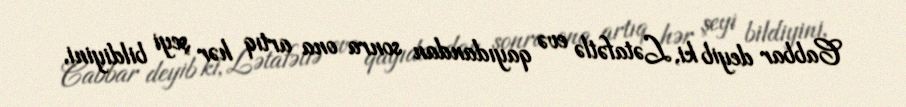
Cabbar deyib ki, Lətafətlə evə qayıdandan sonra ona artıq hər şeyi bildiyini,